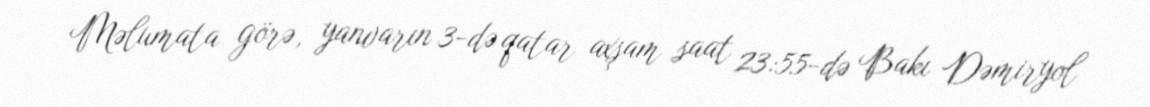
Məlumata görə, yanvarın 3-də qatar axşam saat 23:55-də Bakı Dəmiryol